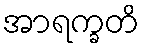
အာရက္ခတိ